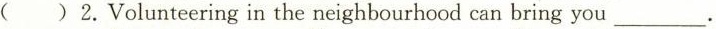
( )2.Volunteering in the neighbourhood can bring you___.